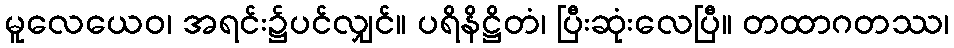
မူလေယေဝ၊ အရင်း၌ပင်လျှင်။ ပရိနိဋ္ဌိတံ၊ ပြီးဆုံးလေပြီ။ တထာဂတဿ၊